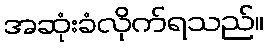
အဆုံးခံလိုက်ရသည်။